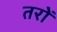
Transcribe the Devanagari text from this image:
तरों